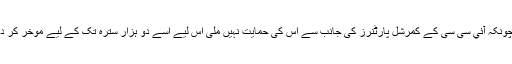
لیکن چونکہ آئي سی سی کے کمرشل پارٹنرز کی جانب سے اس کی حمایت نہیں ملی اس لیے اسے دو ہزار سترہ تک کے لیے موخر کر دیا گيا۔